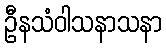
ဦနသံဝါသနာသနာ